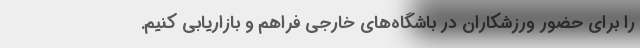
را برای حضور ورزشکاران در باشگاه‌های خارجی فراهم و بازاریابی کنیم.